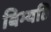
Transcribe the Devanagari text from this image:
बिभ्यति